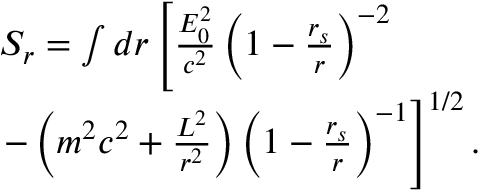
\begin{array} { l } { S _ { r } = \int d r \left[ \frac { { \cal { E } } _ { 0 } ^ { 2 } } { c ^ { 2 } } \left( 1 - \frac { r _ { s } } { r } \right) ^ { - 2 } \right. } \\ { \left. - \left( m ^ { 2 } c ^ { 2 } + \frac { { \cal { L } } ^ { 2 } } { r ^ { 2 } } \right) \left( 1 - \frac { r _ { s } } { r } \right) ^ { - 1 } \right] ^ { 1 / 2 } . } \end{array}